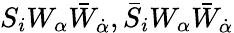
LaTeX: S_{i}W_{\alpha}\bar{W}_{\dot{\alpha}},\bar{S}_{i}W_{\alpha}\bar{W}_{\dot{\alpha}}